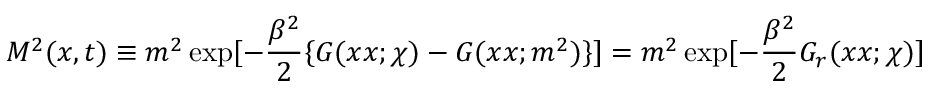
M ^ { 2 } ( x , t ) \equiv m ^ { 2 } \exp [ - { \frac { \beta ^ { 2 } } { 2 } } \{ G ( x x ; \chi ) - G ( x x ; m ^ { 2 } ) \} ] = m ^ { 2 } \exp [ - { \frac { \beta ^ { 2 } } { 2 } } G _ { r } ( x x ; \chi ) ]